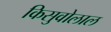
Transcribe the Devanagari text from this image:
किसुवोलाल